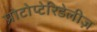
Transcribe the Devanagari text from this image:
प्रोटोप्टेरिडेलीज़